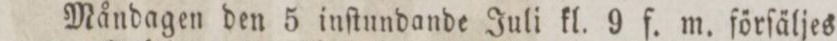
Måndagen den 5 inſtundande Juli kl. 9 f. m. förſäljes